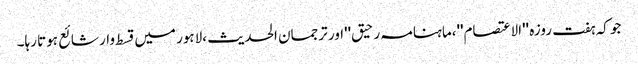
جو کہ ہفت روزہ ''الاعتصام''،ماہنامہ رحیق''اور ترجمان الحدیث ،لاہور میں قسط وار شائع ہوتا رہا۔